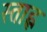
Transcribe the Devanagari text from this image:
स्ताह्ल